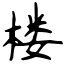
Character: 楼